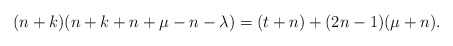
\begin{align*}(n+k)(n+k+n+\mu-n-\lambda)=(t+n)+(2n-1)(\mu+n).\end{align*}